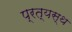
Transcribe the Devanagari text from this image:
प्रत्यस्थ